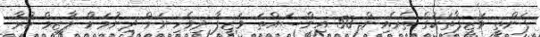
ފަންތީ ވަޒީފާތަކުގެ ތެރެއިން 50 އިންސައްތަ ވަޒީފާ ދިވެހިނަށް ދިނުމަށް ލާޒިމް ކުރާ